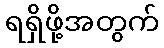
ရရှိဖို့အတွက်